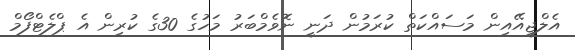
އެލްޖީއޭއިން މަސައްކަތް ކުރަމުން ދަނީ ނޮވެމްބަރު މަހުގެ 30ގެ ކުރިން އެ ޕްލެޓްފޯމް